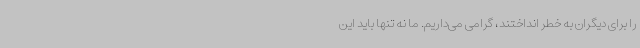
را برای دیگران به خطر انداختند، گرامی می‌داریم. ما نه تنها باید این